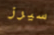
سيرز